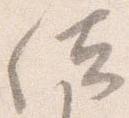
位